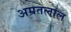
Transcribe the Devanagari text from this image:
अम्रतलाल